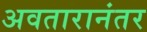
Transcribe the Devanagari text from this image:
अवतारानंतर